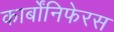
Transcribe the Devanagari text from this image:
कार्बोंनिफेरस